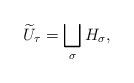
LaTeX: \begin{align*}\widetilde U_\tau = \bigsqcup_{\sigma} H_\sigma,\end{align*}